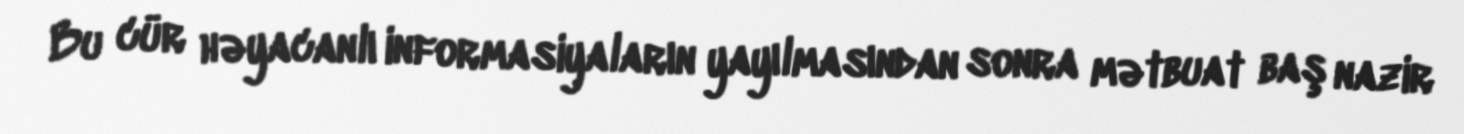
Bu cür həyacanlı informasiyaların yayılmasından sonra mətbuat baş nazir